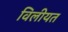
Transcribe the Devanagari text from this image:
विलीयत